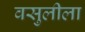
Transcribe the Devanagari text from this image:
वसुलीला